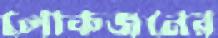
লোকজনের